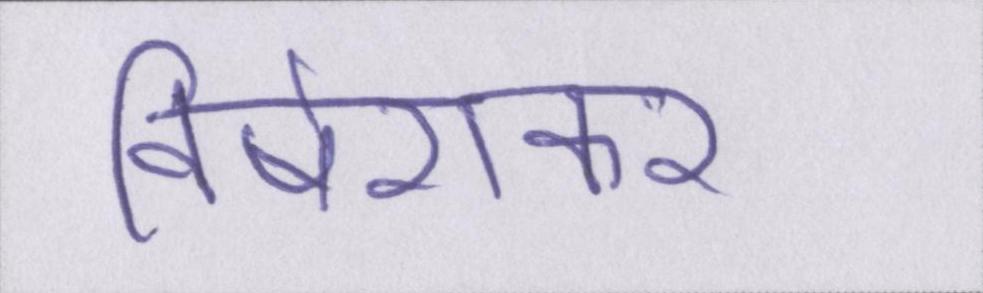
विषेशकर